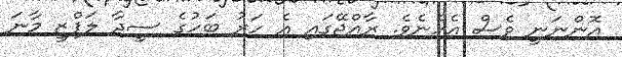
އޮންނަނީ ވެސް އެހެނެވެ. ރާއްޖޭގައި އެ ހަރު ބަހުގެ ސީދާ ލަފްޒީ މާނަ